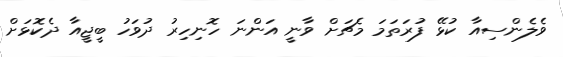
ވެލެންސިއާ ކުޅޭ ފުރަތަމަ މެޗަށް ވާނީ އަންނަ ހޮނިހިރު ދުވަހު ބީޖީއާ ދެކޮޅަށް